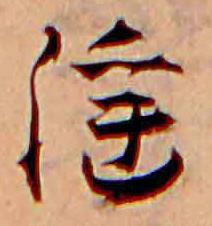
淫